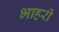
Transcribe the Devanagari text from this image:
भाहरी